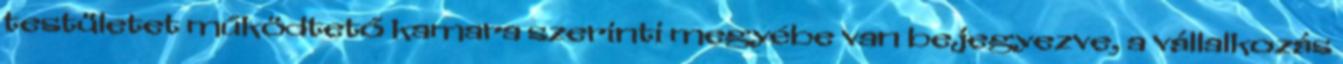
testületet működtető kamara szerinti megyébe van bejegyezve, a vállalkozás